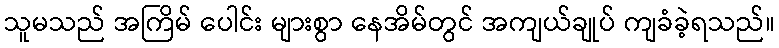
သူမသည် အကြိမ် ပေါင်း များစွာ နေအိမ်တွင် အကျယ်ချုပ် ကျခံခဲ့ရသည်။